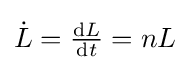
{\dot {L}}={\tfrac {\mathrm {d} L}{\mathrm {d} t}}=nL